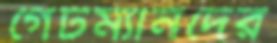
গেটম্যানদের